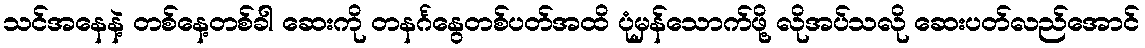
သင်အနေနဲ့ တစ်နေ့တစ်ခါ ဆေးကို တနင်္ဂနွေတစ်ပတ်အထိ ပုံမှန်သောက်ဖို့ လိုအပ်သလို ဆေးပတ်လည်အောင်